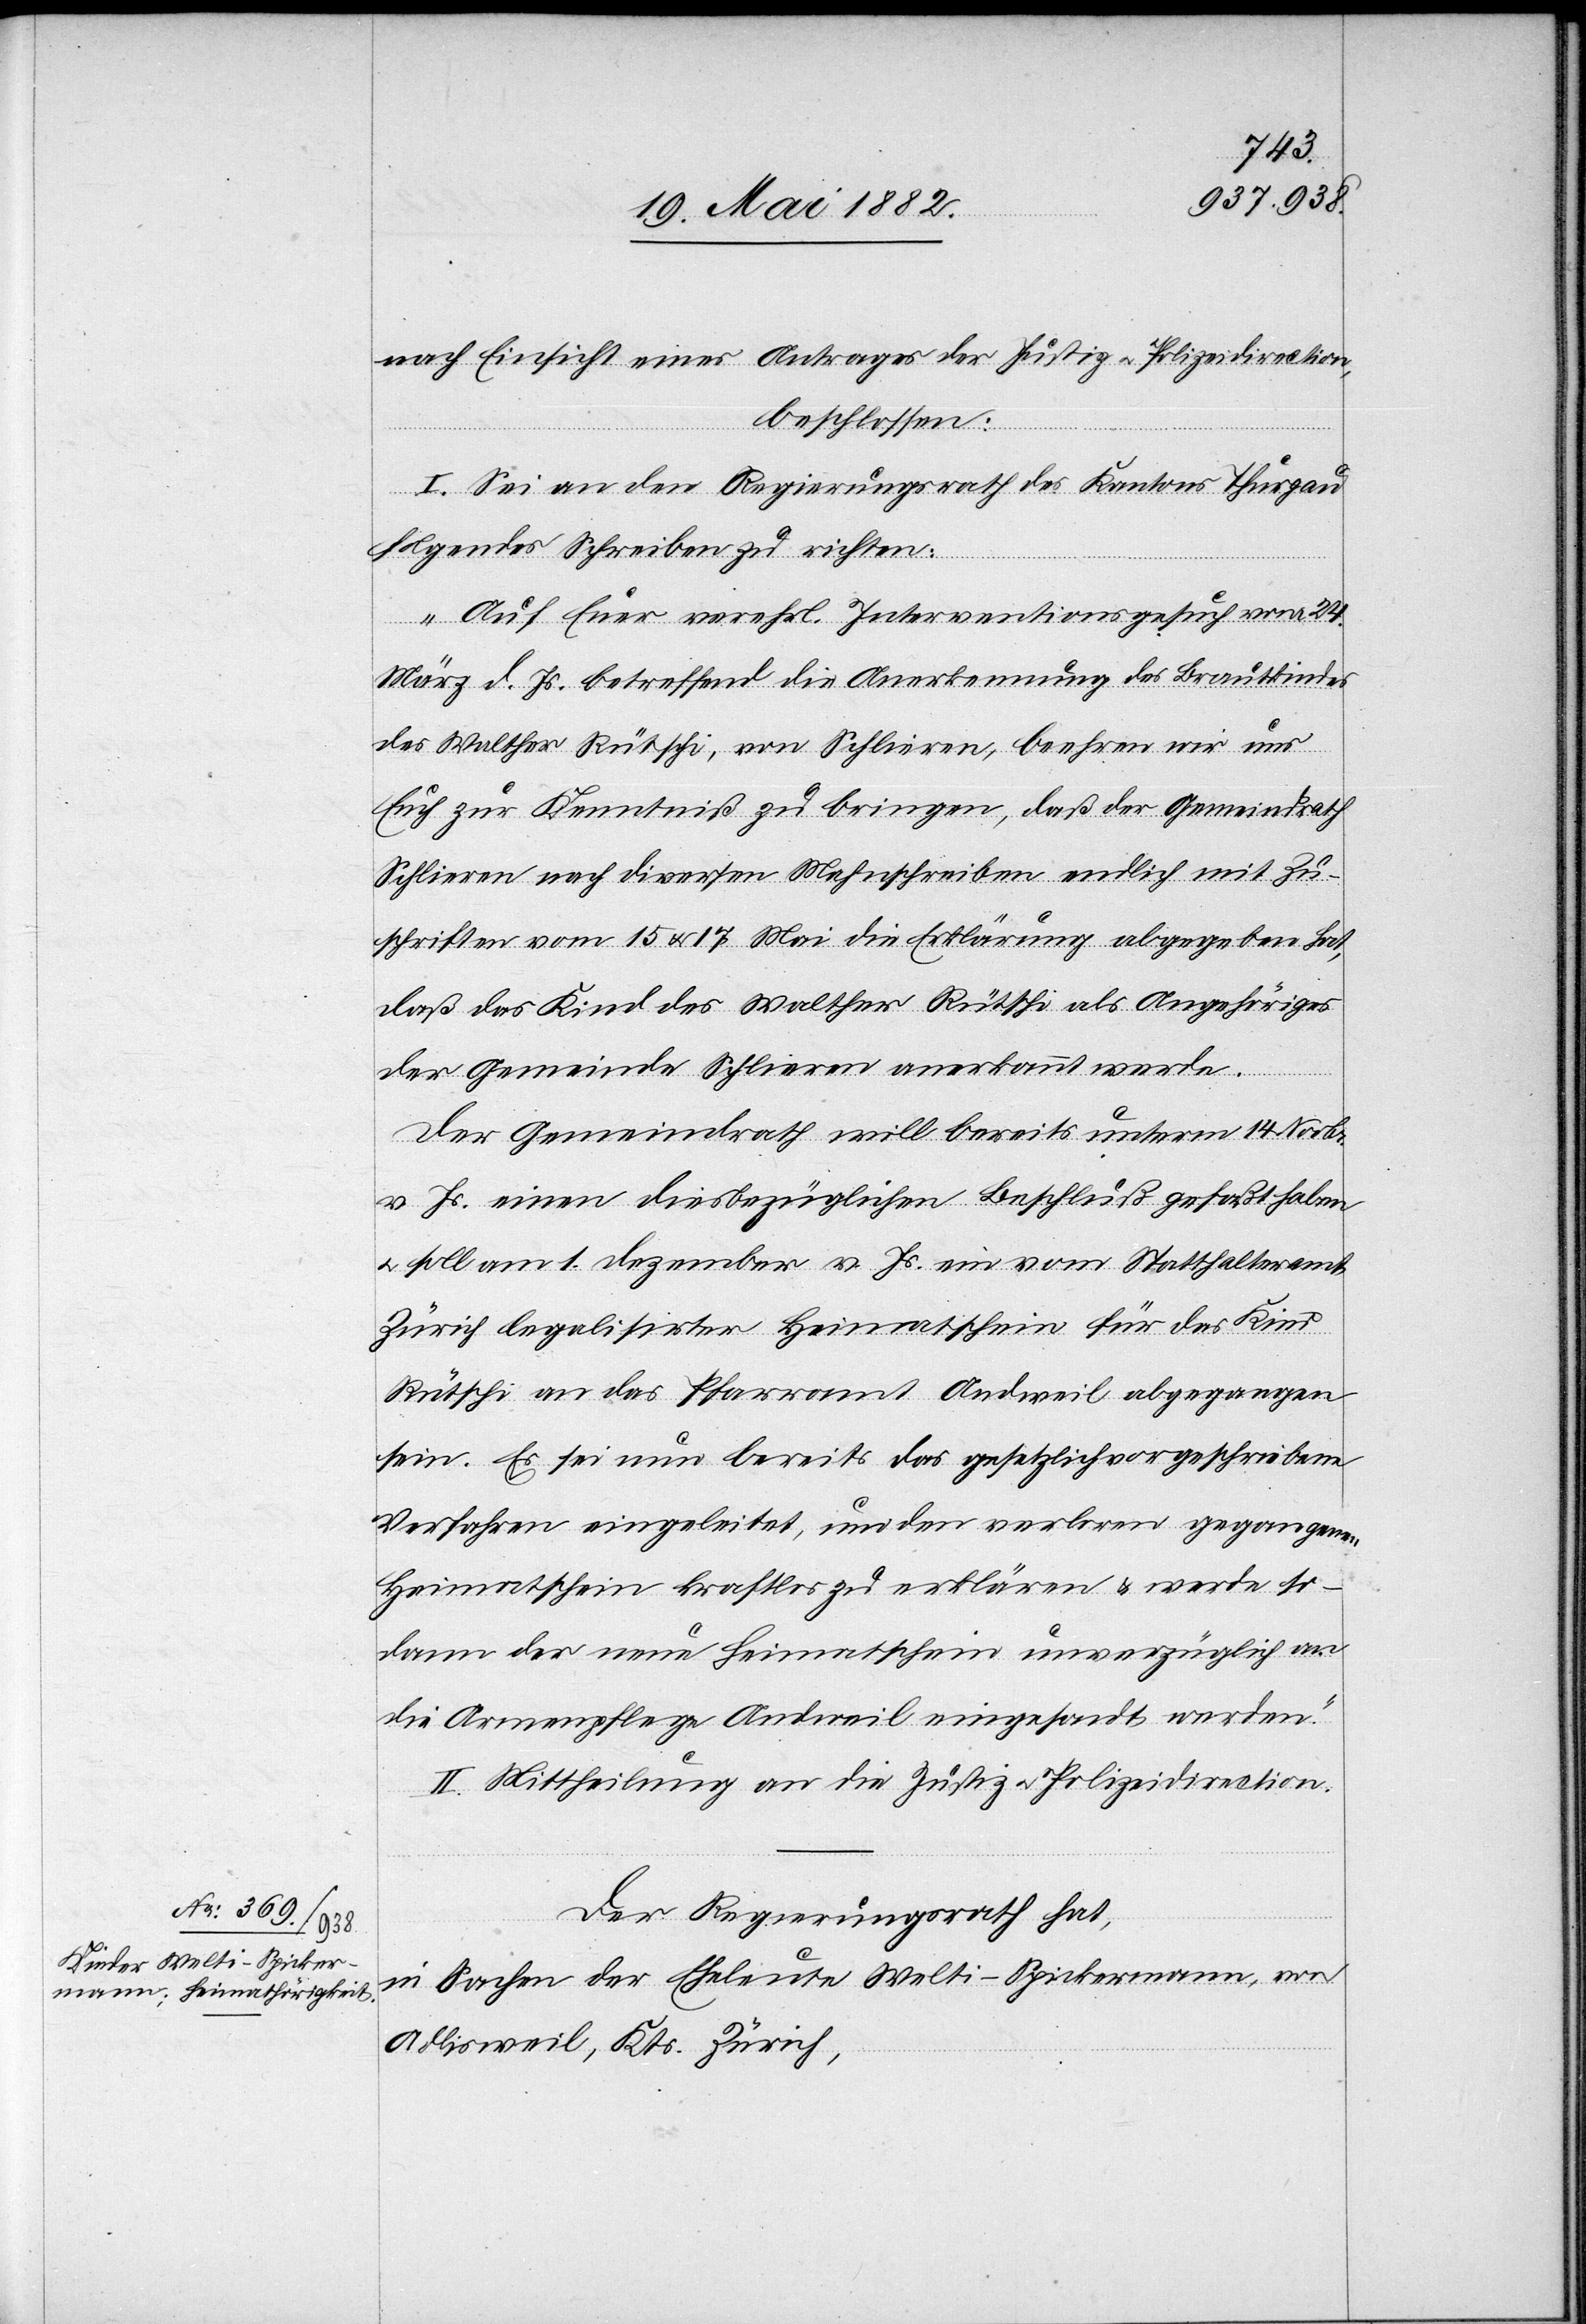
nach Einsicht eines Antrages der Justiz[-] u. Polizeidirection,
beschlossen:
I. Sei an den Regierungsrath des Kantons Thurgau
folgendes Schreiben zu richten:
„Auf Euer verehrl. Interventionsgesuch vom 24.
März d. Js. betreffend die Anerkennung des Brautkindes
des Walther Rütschi, von Schlieren, beehren wir uns
Euch zur Kenntniß zu bringen, daß der Gemeindrath
Schlieren nach diversen Mahnschreiben endlich mit Zu¬
schriften vom 15. & 17. Mai die Erklärung abgegeben hat,
daß das Kind des Walther Rütschi als Angehöriges
der Gemeinde Schlieren anerkannt werde.
Der Gemeindrath will bereits unterm 14. Novbr.
v. Js. einen dießbezüglichen Beschluß gefaßt haben
u. soll am 1. Dezember v. Js. ein vom Statthalteramt
Zürich legalisirter Heimatschein für das Kind
Rütschi an das Pfarramt Andweil abgegangen
sein. Es sei nun bereits das gesetzlich vorgeschriebene
Verfahren eingeleitet, um den verloren gegangene¬
n
Heimatschein kraftlos zu erklären & werde so¬
dann der neue Heimatschein eingesandt werden.“
II. Mittheilung an die Justiz[-] u. Polizeidirection.
Der Regierungsrath hat,
in Sachen der Eheleute Welti-Spickermann, von
Adlisweil, Kts. Zürich,